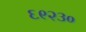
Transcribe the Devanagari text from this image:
६९२३०